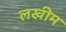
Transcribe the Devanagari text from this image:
लखीम